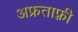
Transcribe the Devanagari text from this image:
अफ्रताफ़्री